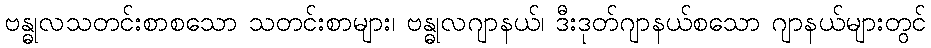
ဗန္ဓုလသတင်းစာစသော သတင်းစာများ၊ ဗန္ဓုလဂျာနယ်၊ ဒီးဒုတ်ဂျာနယ်စသော ဂျာနယ်များတွင်